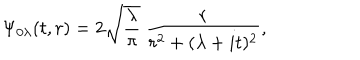
\Psi _ { 0 \lambda } ( t , r ) = 2 \sqrt { \frac { \lambda } { \pi } } \ \frac { r } { r ^ { 2 } + ( \lambda + i t ) ^ { 2 } } ,